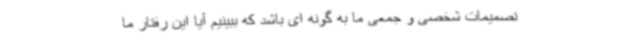
تصمیمات شخصی و جمعی ما به گونه ای باشد که ببینیم آیا این رفتار ما